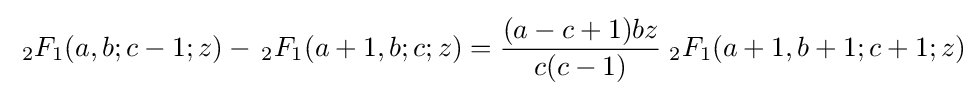
\;{}_{2}F_{1}(a,b;c-1;z)-\,{}_{2}F_{1}(a+1,b;c;z)={\frac {(a-c+1)bz}{c(c-1)}}\;{}_{2}F_{1}(a+1,b+1;c+1;z)